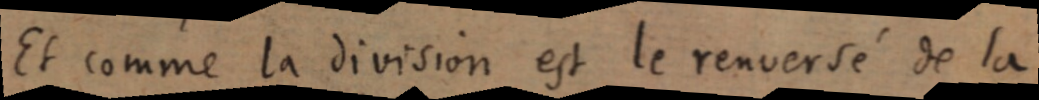
Et comme la division est le renversé de la